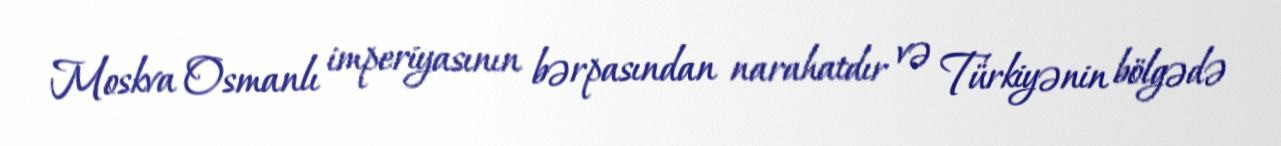
Moskva Osmanlı imperiyasının bərpasından narahatdır və Türkiyənin bölgədə